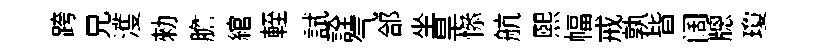
跨兄濩勑膽綰輊試詮气郃坐旱𢡖航熙幅戒孰皆阔牕瓊